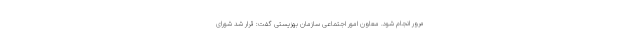
مرور انجام شود. معاون امور اجتماعی سازمان بهزیستی گفت: قرار شد شورای